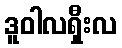
ဒူဝါလရှီးလ